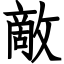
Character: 敵